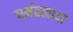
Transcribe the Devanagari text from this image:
धर्मतत्वाचा